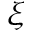
\boldsymbol { \xi }